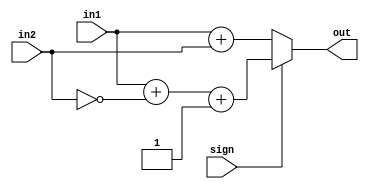
module adder16(in1,in2,out,sign);
input [15:0]in1,in2;
input sign;
output [15:0] out;

wire [15:0] temp1;assign temp1 = in1 + (~in2) + 1;
wire [15:0] temp2;assign temp2 = in1 + in2;
assign out = (sign)?temp1:temp2;

endmodule